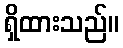
ရှိထားသည်။